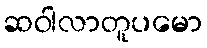
ဆဝါလာတူပမော